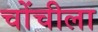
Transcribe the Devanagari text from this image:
चोंचीला